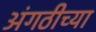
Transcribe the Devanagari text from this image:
अंगठीच्या